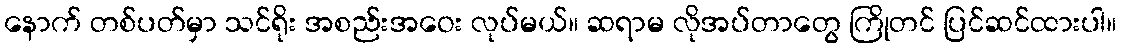
နောက် တစ်ပတ်မှာ သင်ရိုး အစည်းအဝေး လုပ်မယ်။ ဆရာမ လိုအပ်တာတွေ ကြိုတင် ပြင်ဆင်ထားပါ။